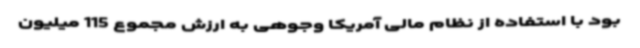
بود با استفاده از نظام مالی آمریکا وجوهی به ارزش مجموع 115 میلیون